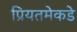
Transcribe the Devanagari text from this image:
प्रियतमेकडे